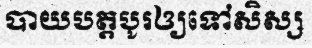
បាយបត្តបូរឲ្យទៅសិស្ស